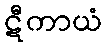
ဋီကာယံ